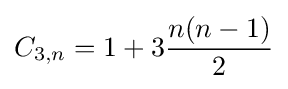
C_{3,n}=1+3{\frac {n(n-1)}{2}}